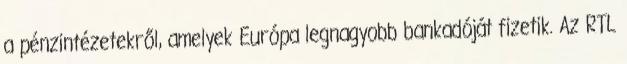
a pénzintézetekről, amelyek Európa legnagyobb bankadóját fizetik. Az RTL